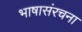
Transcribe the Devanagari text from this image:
भाषासंरचना